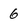
Character: 6